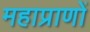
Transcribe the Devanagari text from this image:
महाप्राणों